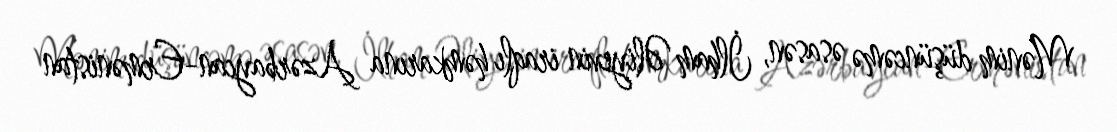
Mənim düşüncəmə əsasən, İlham Əliyevin iraqlı həmkarına Azərbaycan-Ermənistan